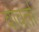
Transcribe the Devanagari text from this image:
वावर्ता